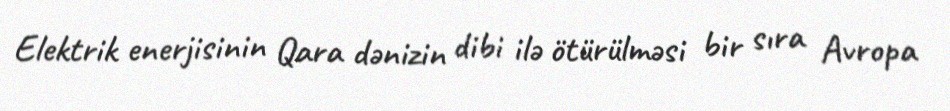
Elektrik enerjisinin Qara dənizin dibi ilə ötürülməsi bir sıra Avropa